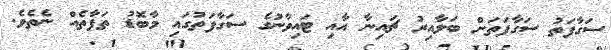
ސަގާފަތު ސަގާފަތަށް ބަލާއިރު ޗައިނާ އާއި ޓައިވާނުގެ ސަގާފަތުގައި މާބޮޑު ތަފާތެއް ނެތެވެ.